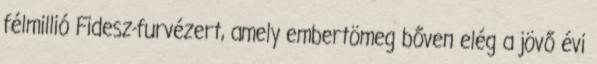
félmillió Fidesz-furvézert, amely embertömeg bőven elég a jövő évi